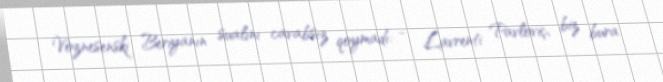
Voznesenski Beriyanın sualını cavabsız qoymadı: - Lavrenti Pavloviç, biz bura